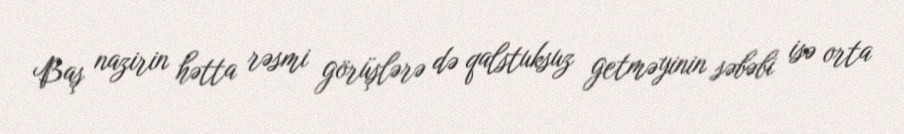
Baş nazirin hətta rəsmi görüşlərə də qalstuksuz getməyinin səbəbi isə orta